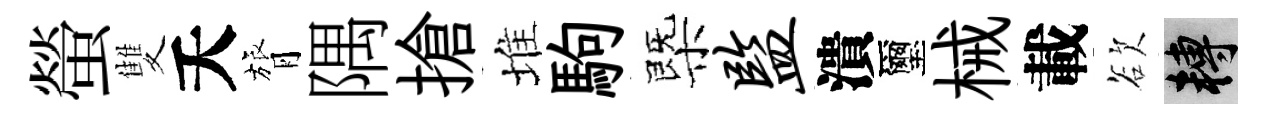
螢雙夭膂隅搶堆駒㮣监潰璽械載欲轉